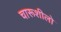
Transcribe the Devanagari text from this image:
चारूशीलो